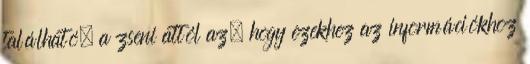
található, a zseni attól az, hogy ezekhez az információkhoz